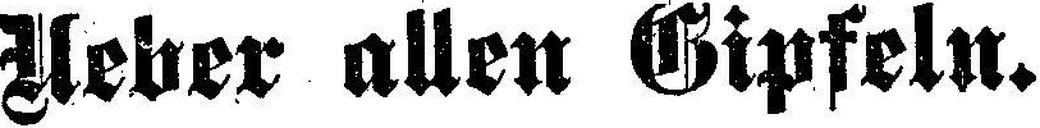
Ueber allen Gipfeln.